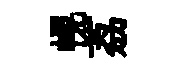
幌荔